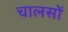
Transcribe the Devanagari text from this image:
चालसों